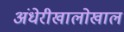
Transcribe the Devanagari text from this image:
अंधेरीखालोखाल